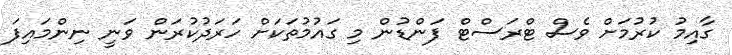
ގާއިމު ކުރުމަށް ވެސް ޓްރަސްޓް ފަންޑުން މި ގައުމުތަކަށް ހަރަދުކުރަން ވަނީ ނިންމައިފަ